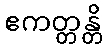
ဧကတ္တန္တိ